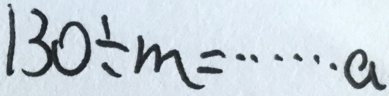
1 3 0 \div m = \cdots a